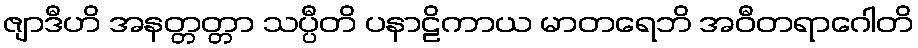
ဇျာဒီဟိ အနတ္တတ္တာ သပ္ပီတိ ပနာဠိကာယ မာတရေဘိ အဝီတရာဂေါတိ